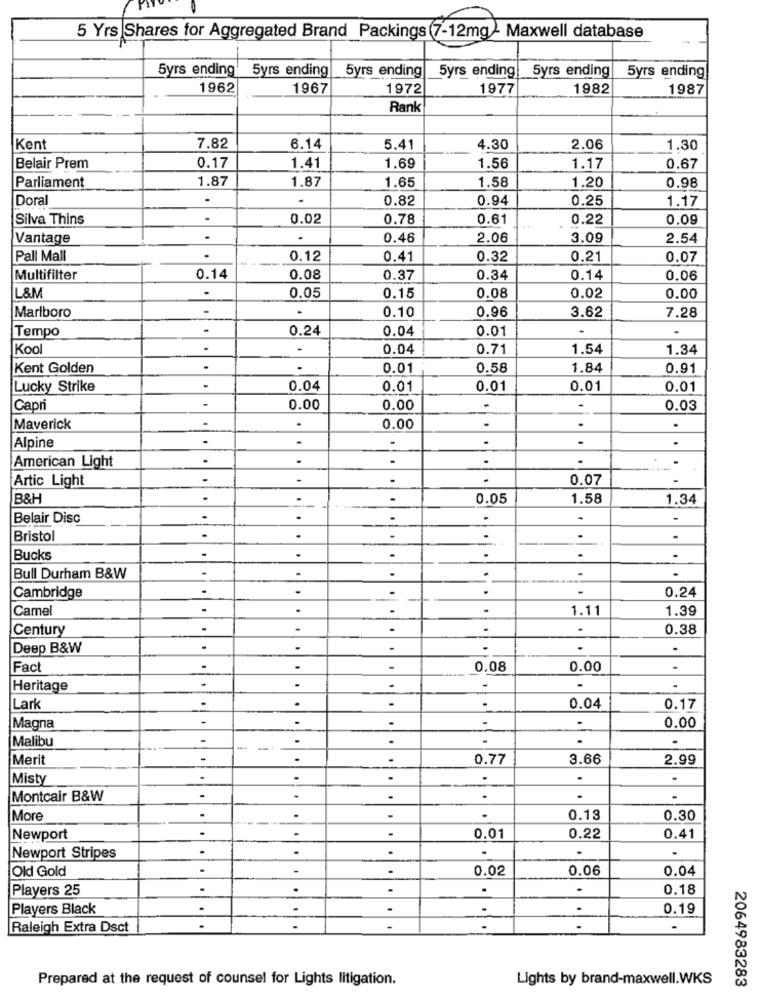
5 Yrs Shares for Aggregated Brand Packings (7-12mg- Maxwell database
5yrs ending
5yrs ending
5yrs ending
5yrs ending
5yrs ending
5yrs ending
1962
1967
1972
1977
1982
1987
Rank
Kent
7.82
6.14
5.41
4.30
2.06
1.30
1.56
Belair Prem
0.17
1.41
1.69
1.17
0.67
1.87
1.87
1.65
1.58
1.20
Parliament
0.98
Doral
-
-
0.82
0.94
0.25
1.17
Silva Thins
0.02
0.78
0.61
0.22
0.09
Vantage
.
.
0.46
2.06
3.09
2.54
Pall Mall
.
0.12
0.41
0.32
0.21
0.07
Multifilter
0.14
0.08
0.37
0.34
0.14
0.06
.
0.05
0.08
L&M
0.15
0.02
0.00
0.10
0.96
3.62
Marlboro
7.28
Tempo
0.24
0.04
0.01
.
Kool
0.04
0.71
1.54
1.34
Kent Golden
0.01
0.58
1.84
0.91
Lucky Strike
-
0.04
0.01
0.01
0.01
0.01
Capri
0.00
0.00
-
0.03
.
.
Maverick
-
.
0.00
.
-
.
Alpine
.
.
.
American Light
Artic Light
-
-
0.07
B&H
.
0.05
1.58
1.34
Belair Disc
.
-
Bristol
.
.
Bucks
.
..
.
.
.
Bull Durham B&W
-
-
-
0.24
Cambridge
Camel
.
.
1.11
1.39
Century
.
-
.
0.38
Deep B&W
.
Fact
.
0.08
0.00
Heritage
.
.
-
Lark
.
.
0.04
0.17
.
-
.
Magna
0.00
Malibu
-
Merit
-
-
0.77
3.66
2.99
Misty
.
.
.
.
Montcair B&W
.
.
.
More
0.13
0.30
.
Newport
0.01
0.22
0.41
.
.
Newport Stripes
Old Gold
.
-
0.02
0.06
0.04
Players 25
.
.
.
.
0.18
Players Black
.
.
0.19
Raleigh Extra Dsct
.
-
..
.
Prepared at the request of counsel for Lights litigation.
Lights by brand-maxwell.WKS
2064983283